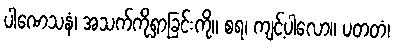
ပါဏေသနံ၊ အသက်ကိုရှာခြင်းကို။ စရ၊ ကျင့်ပါလော။ ပတတံ၊